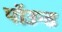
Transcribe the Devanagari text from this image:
पॉउन्ड